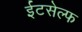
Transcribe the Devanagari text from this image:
ईटसेल्फ